Vaccination North-Western Provinces 1866-1877 - 1866-1877
Year: 1866
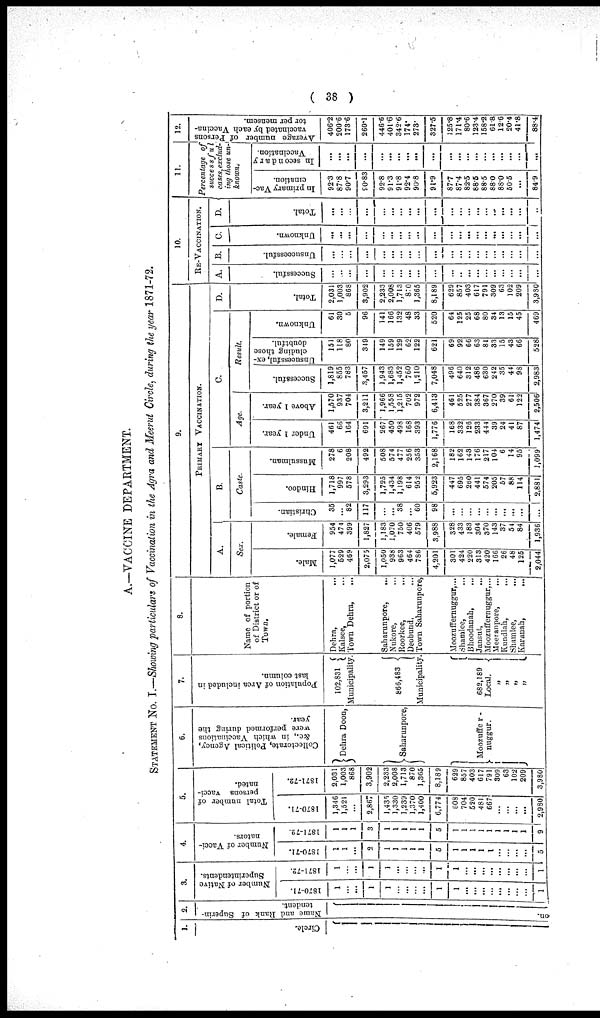
( 38 )
A.—VACCINE DEPARTMENT.
STATEMENT No. I.—Showing particulars of Vaccination in the Agra and Meerut Circle, during the year 1871-72.
1.
Circle.
2.
Name and Rank of Superin¬
tendent.
on.
3.
Number of Native
Superintendents.
1870-71.
1
...
...
1
1
...
...
...
...
1
1
...
...
...
...
...
...
...
...
1
1871-72.
1
...
...
1
1
...
...
...
...
1
1
...
...
...
...
...
...
...
...
1
4.
Number of Vacci-
nators.
1870-71.
1
1
...
2
1
1
1
1
1
5
1
1
1
1
1
...
...
...
...
5
1871-72.
1
1
1
3
1
1
1
1
1
5
1
1
1
1
1
1
1
1
1
9
5.
Total number of
persons vacci-
nated.
1870-71.
1,346
1,521
...
2,867
1,435
1,330
1,239
1,370
1,400
6,774
608
704
520
481
667
...
...
...
...
2,980
1871-72.
2,031
1,003
868
3,902
2,233
2,008
1,713
870
1,365
8,189
629
857
403
617
791
309
63
102
209
3,980
6.
Collectorate, Political Agency,
&c, in which Vaccinations
were performed during the
year.
Dehra Doon,
Saharunpore,
Moozuffer¬
nuggur.
7.
Population of Area included in
last column.
102,831
Municipality.
866,483
Municipality.
682,189
Local.
„
„
„
„
1
8.
Name of portion
of District or of
Town.
Dehra, ...
Kalsee, ...
Town Dehra, ...
Saharunpore, ...
Nukore, ...
Roorkee, ...
Deobund, ...
Town Saharunpore,
Moozuffernuggur,...
Shamlee, ...
Bhoodanah, ...
Jansut, ...
Moozuffernuggur,...
Meeranpore,
...
Kundlah, ...
Shmmlee,
...
Karanah, ...
9.
PRIMARY VACCINATION.
A.
Sex.
Male.
1,077
529
469
2,075
1,050
938
963
464
786
4,201
301
424
220
313
420
166
26
48
125
2,044
Female.
954
474
399
1,827
1,183
1,070
750
406
579
3,988
328
433
183
304
370
143
37
54
84
1,936
B.
Caste.
Christian.
35
...
82
117
...
...
38
... 60
98
...
...
...
...
...
...
...
...
...
...
Hindoo.
1,718
997
578
3,293
1,725
1,434
1,198
614
952
5,923
447
695
260
441
574
205
57
88
114
2,881
Mussulman.
278
6
208
492
508
574
477
256
353
2,168
182
162
143
176
217
104
6
14
95
1,099
C.
Age.
Under 1 year.
461
66
164
691
267
450
498
168
393
1,776
168
332
126
233
444
39
24
41
87
l,474
Above 1 year.
1,570
937
704
3,211
1,966
1,558
1,215
702
972
6,413
461
525
277
384
367
270
39
61
122
2,506
Result.
Successful.
1,819
855
783
3,457
1,943
1,683
1,452
760
1,210
7,048
496
640
312
486
630
242
35
44
98
2,983
Unsucessful, ex-
cluding those
doubtful.
151
118
80
349
149
159
129
62
122
621
69
92
66
63
81
33
15
43
66
528
Unknown.
61
30
5
96
141
166
132
48
33
520
64
125
25
68
80
34
13
15
45
469
D.
Total.
2,031
1,003
868
3,902
2,233
2,008
1,713
870
1,365
8,189
629
857
403
617
791
309
63
102
209
3,980
10.
RE-VACCINATION.
A.
Successful.
...
...
...
...
...
...
...
...
...
...
...
...
...
...
...
...
...
...
...
...
B.
Unsuccessful.
...
...
...
...
...
...
...
...
...
...
...
...
...
...
...
...
...
...
...
...
C.
Unknown.
...
...
...
...
...
...
...
...
...
...
...
...
...
...
...
...
...
...
...
...
D.
Total
...
...
...
...
...
...
...
...
...
...
...
...
...
...
...
...
...
...
11.
Percentage of
successful
cases,exclud¬
ing those un-
known.
In primary Vac-
cination.
92.3
87.8
90.7
90.83
92.8
91.3
91.8
92.4
90.8
91.9
87.7
87.4
82.5
88.5
88.5
88.0
88.0
50.5
...
84.9
In secondary
Vaccination.
...
...
...
...
...
...
...
...
...
...
...
...
...
...
...
...
...
...
...
...
12.
Average number of Persons
vaccinated by each Vaccina-
tor per mensem.
406.2
200.6
173.6
260.1
446.6
401.6
342.6
174.
273.
327.5
125.8
171.4
80.6
123.4
158.2
61.8
12.6
20.4
41.8
88.4